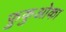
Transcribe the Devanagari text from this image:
फ़ुकुओका